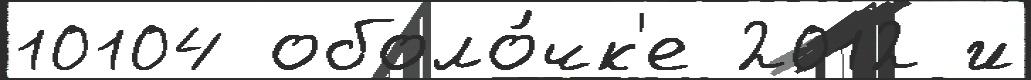
10104 оболо́чк'е 2012 и